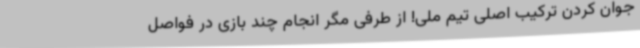
جوان‌ کردن ترکیب اصلی تیم ملی! از طرفی مگر انجام چند بازی در فواصل